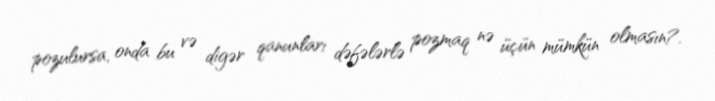
pozulursa, onda bu və digər qanunları dəfələrlə pozmaq nə üçün mümkün olmasın?.